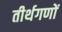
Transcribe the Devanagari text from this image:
तीर्थगणों